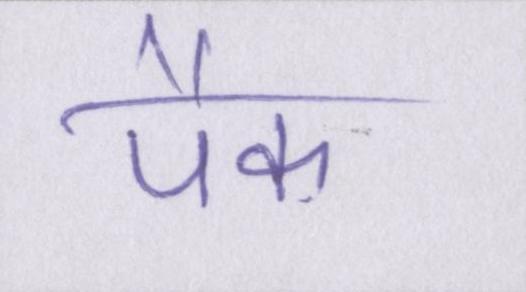
पैक